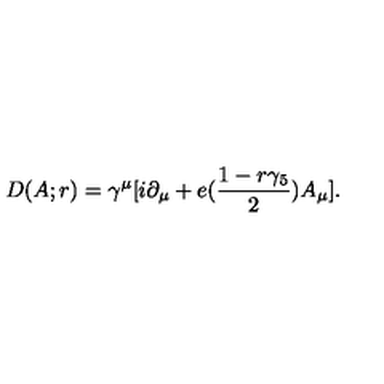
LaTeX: D ( A ; r ) = \gamma ^ { \mu } [ i \partial _ { \mu } + e ( { \frac { 1 - r \gamma _ { 5 } } { 2 } } ) A _ { \mu } ] .